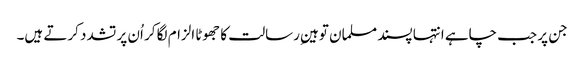
جن پر جب چاہے انتہا پسند مسلمان توہینِ رسالت کا جھوٹا الزام لگا کر اُن پر تشدد کرتے ہیں۔